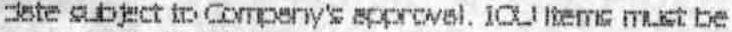
DATE SUBJECT TO COMPANY'S APPROVAL. IOU ITEMS MUST BE